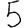
Digit: 5